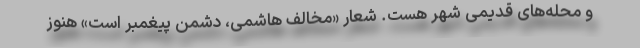
و محله‌های قدیمی شهر هست. شعار «مخالف هاشمی، دشمن پیغمبر است» هنوز